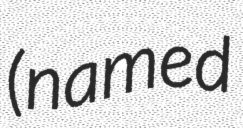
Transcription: (named